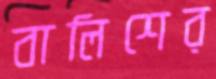
বালিশের